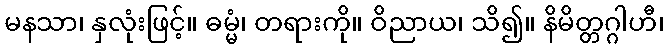
မနသာ၊ နှလုံးဖြင့်။ ဓမ္မံ၊ တရားကို။ ဝိညာယ၊ သိ၍။ နိမိတ္တဂ္ဂါဟီ၊